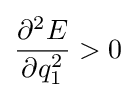
{\frac {\partial ^{2}E}{\partial q_{1}^{2}}}>0